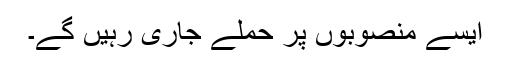
ایسے منصوبوں پر حملے جاری رہیں گے۔